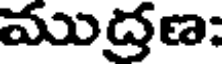
ముద్రణ: